Indian journal of veterinary science and animal husbandry - Volume 9,
Year: 1939
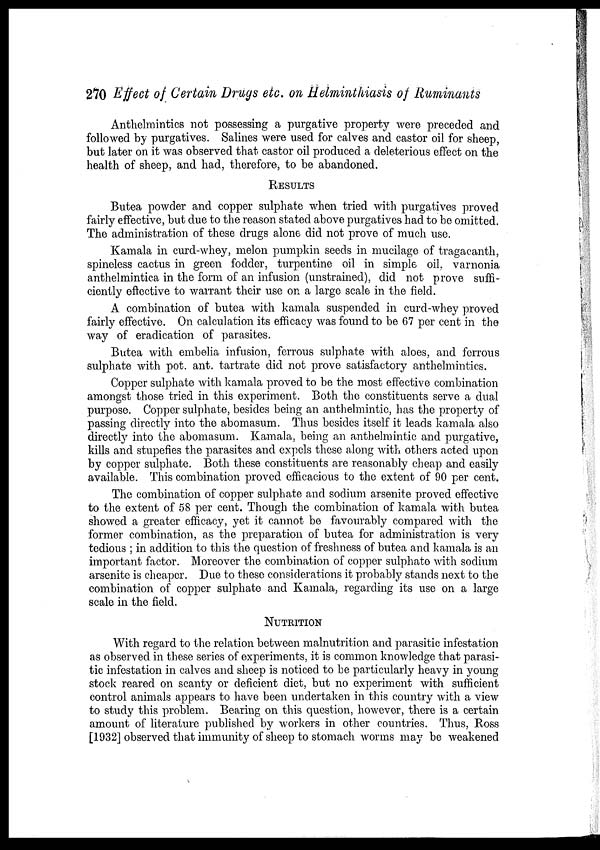
270 Effect of Certain Drugs etc. on Helminthiasis of Ruminants
Anthelmintics not possessing a purgative property were preceded and
followed by purgatives. Salines were used for calves and castor oil for sheep,
but later on it was observed that castor oil produced a deleterious effect on the
health of sheep, and had, therefore, to be abandoned.
RESULTS
Butea powder and copper sulphate when tried with purgatives proved
fairly effective, but due to the reason stated above purgatives had to be omitted.
The administration of these drugs alone did not prove of much use.
Kamala in curd-whey, melon pumpkin seeds in mucilage of tragacanth,
spineless cactus in green fodder, turpentine oil in simple oil. varnonia
anthelmintica in the form of an infusion (unstrained), did not prove suffi-
ciently effective to warrant their use on a large scale in the field.
A combination of butea with kamala suspended in curd-whey proved
fairly effective. On calculation its efficacy was found to be 67 per cent in the
way of eradication of parasites.
Butea with embelia infusion, ferrous sulphate with aloes, and ferrous
sulphate with pot. ant. tartrate did not prove satisfactory anthelmintics.
Copper sulphate with kamala proved to be the most effective combination
amongst those tried in this experiment. Both the constituents serve a dual
purpose. Copper sulphate, besides being an anthelmintic, has the property of
passing directly into the abomasum. Thus besides itself it leads kamala also
directly into the abomasum. Kamala, being an anthelmintic and purgative,
kills and stupefies the parasites and expels these along with others acted upon
by copper sulphate. Both these constituents are reasonably cheap and easily
available. This combination proved efficacious to the extent of 90 per cent.
The combination of copper sulphate and sodium arsenite proved effective
to the extent of 58 per cent. Though the combination of kamala with butea
showed a greater efficacy, yet it cannot be favourably compared with the
former combination, as the preparation of butea for administration is very
tedious ; in addition to this the question of freshness of butea and kamala is an
important factor. Moreover the combination of copper sulphate with sodium
arsenite is cheaper. Due to these considerations it probably stands next to the
combination of copper sulphate and Kamala, regarding its use on a large
scale in the field.
NUTRITION
With regard to the relation between malnutrition and parasitic infestation
as observed in these series of experiments, it is common knowledge that parasi-
tic infestation in calves and sheep is noticed to be particularly heavy in young
stock reared on scanty or deficient diet, but no experiment with sufficient
control animals appears to have been undertaken in this country with a view
to study this problem. Bearing on this question, however, there is a certain
amount of literature published by workers in other countries. Thus, Ross
[1932] observed that immunity of sheep to stomach worms may be weakened